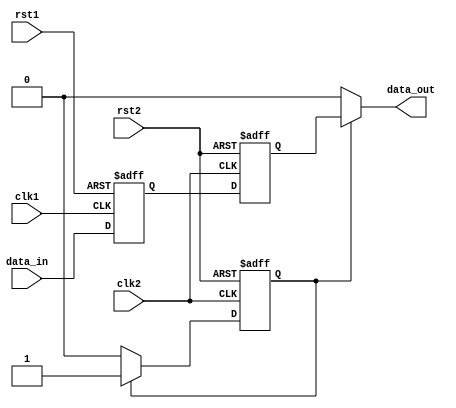
module timing_control_and_synchronization (
    input wire clk1, // Clock signal for domain 1
    input wire clk2, // Clock signal for domain 2
    input wire rst1, // Reset signal for domain 1
    input wire rst2, // Reset signal for domain 2
    input wire data_in, // Data input signal
    output reg data_out // Synchronized data output signal
);

reg sync_data1, sync_data2;
reg synchronize;

always @(posedge clk1 or posedge rst1) begin
    if (rst1) begin
        sync_data1 <= 1'b0;
    end else begin
        sync_data1 <= data_in;
    end
end

always @(posedge clk2 or posedge rst2) begin
    if (rst2) begin
        sync_data2 <= 1'b0;
    end else begin
        sync_data2 <= sync_data1;
    end
end

always @(posedge clk2 or posedge rst2) begin
    if (rst2) begin
        synchronize <= 1'b0;
    end else if (synchronize) begin
        synchronize <= 1'b1;
    end
end

always @(*) begin
    if (synchronize) begin
        data_out = sync_data2;
    end else begin
        data_out = 1'b0;
    end
end

endmodule